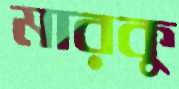
মারকু